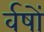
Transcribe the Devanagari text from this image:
र्वषों